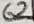
Text: 62